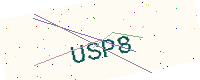
Text: USP8